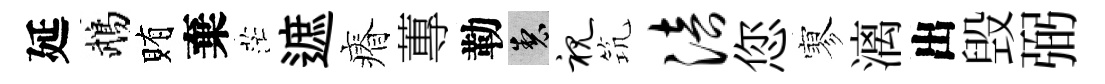
延鵡賄棄茫遮瘠蓴勒製视𥬑涪您寥漓出毁弼